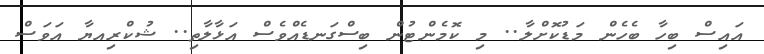
އައިސް ބިހާ ބެހެން މަޑުކޮށްލާ.. މި ކޮމެންޓުން ބިސްގަނޑެއްވެސް އަޅާލާތި.. ޝުކްރިއޔާ އަވަސް